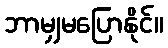
ဘာမျှမပြောနိုင်။